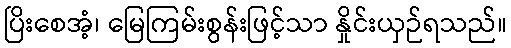
ပြိးစေအံ့၊ မြေကြမ်းစွန်းဖြင့်သာ နှိုင်းယှဉ်ရသည်။